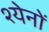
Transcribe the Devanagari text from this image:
श्येनों